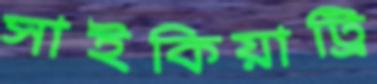
সাইকিয়াট্রি